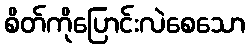
စိတ်ကိုပြောင်းလဲစေသော